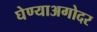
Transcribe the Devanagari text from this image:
घेण्याअगोदर